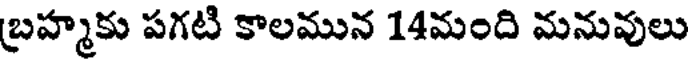
బ్రహ్మకు పగటి కాలమున 14మంది మనువులు